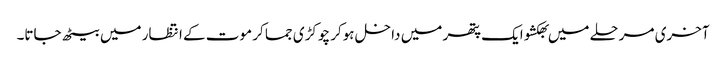
آخری مرحلے میں بھکشو ایک پتھر میں داخل ہوکر چوکڑی جما کر موت کے انتظار میں بیٹھ جاتا۔